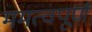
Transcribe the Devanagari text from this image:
ममत्वपूर्ण